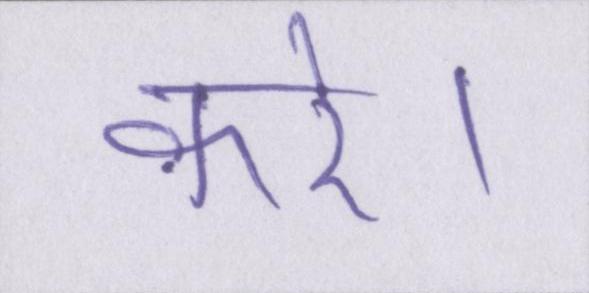
करे।